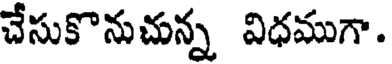
చేసుకొనుచున్న విధముగా.